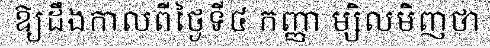
ឱ្យដឹងកាលពីថ្ងៃទី៤ កញ្ញា ម្សិលមិញថា